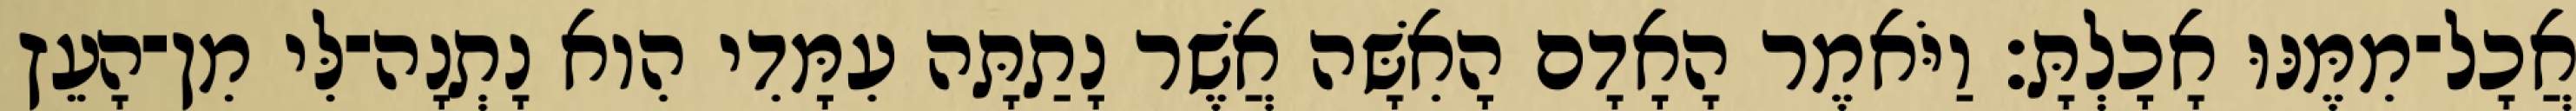
אֲכָל־מִמֶּנּוּ אָכָלְתָּ׃ וַיֹּאמֶר הָאָדָם הָאִשָּׁה אֲשֶׁר נָתַתָּה עִמָּדִי הִוא נָתְנָה־לִּי מִן־הָעֵץ